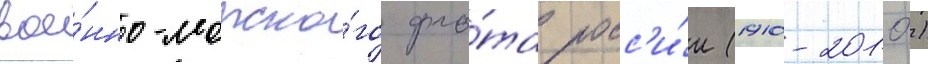
вое́нно-морско́го фло́та росс'и́и (1910-2010)